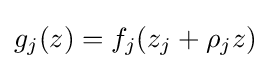
g_{j}(z)=f_{j}(z_{j}+\rho _{j}z)